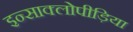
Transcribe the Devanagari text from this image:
इन्साक्लोपीड़िया